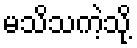
မသိသကဲ့သို့